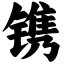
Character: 镌